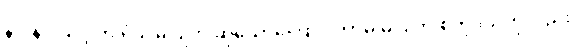
နဝါနဝါသဒ္ဒါက ရံခါ မပြုဟု ဆိုသောကြောင့် ဘာမှ မပြုဘဲ စတုဒ္ဒသဟုလည်း